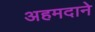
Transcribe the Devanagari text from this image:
अहमदाने